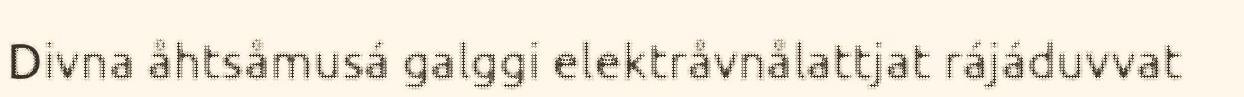
Divna åhtsåmusá galggi elektråvnålattjat rájáduvvat